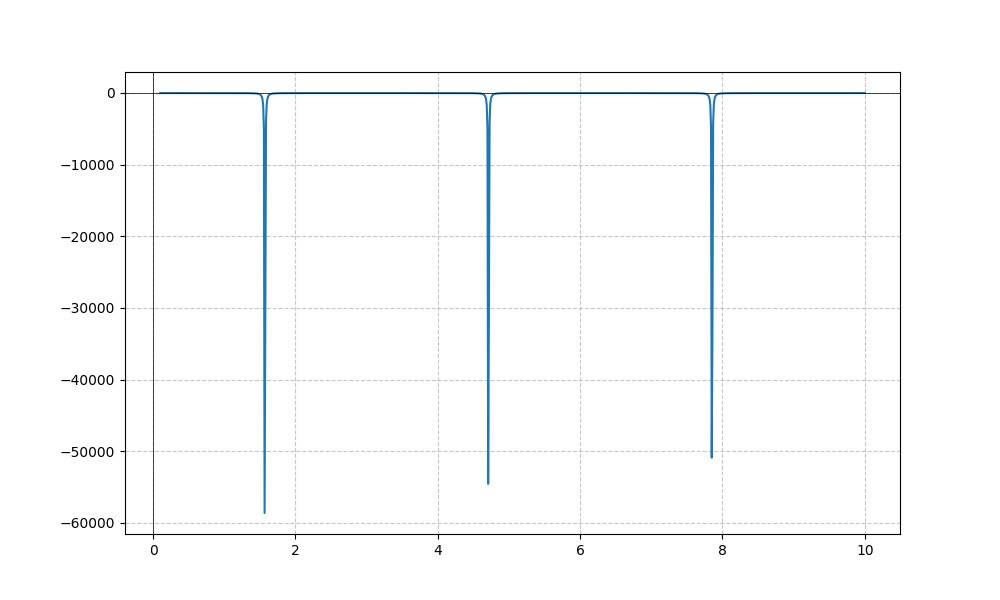
LaTeX formula: - \tan^{2}{\left(x \right)}